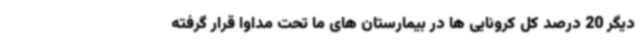
دیگر 20 درصد کل کرونایی ها در بیمارستان های ما تحت مداوا قرار گرفته